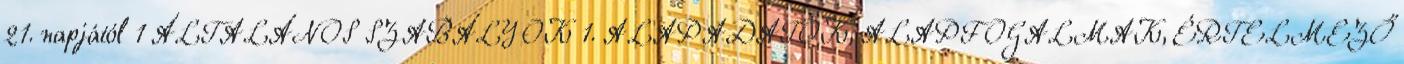
21. napjától 1 ÁLTALÁNOS SZABÁLYOK 1. ALAPADATOK, ALAPFOGALMAK, ÉRTELMEZŐ